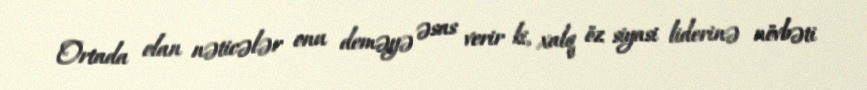
Ortada olan nəticələr onu deməyə əsas verir ki, xalq öz siyasi liderinə növbəti